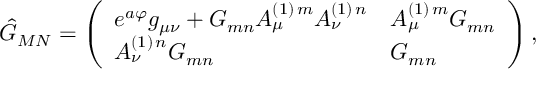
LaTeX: \hat { G } _ { M N } = \left( \begin{array} { l l } { { e ^ { a \varphi } g _ { { \mu } { \nu } } + G _ { { m } { n } } A _ { { \mu } } ^ { ( 1 ) \, m } A _ { { \nu } } ^ { ( 1 ) \, n } } } & { { A _ { { \mu } } ^ { ( 1 ) \, m } G _ { { m } { n } } } } \\ { { A _ { { \nu } } ^ { ( 1 ) \, n } G _ { { m } { n } } } } & { { G _ { { m } { n } } } } \end{array} \right) ,